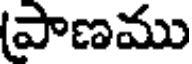
పాణము